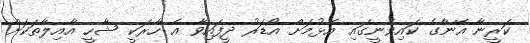
ކަރީނާ އޭނާގެ ކައިވެނީގައި އެޅުމަށް އޯޑަރު ދީފައިވާ އެ ހާރަކީ ޝާހީ އާއިލާތަކަށް